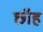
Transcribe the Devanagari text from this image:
छॉह